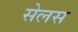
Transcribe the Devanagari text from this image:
सेलस